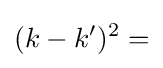
(k-k')^{2}=